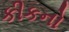
કીકનો